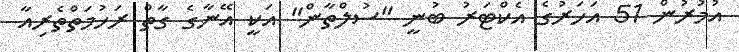
އުމުރުން 51 އަހަރުގެ އެކްޓަރު ބުނީ "ސުލްތާން" އަކީ އޭނާގެ ގާތް ރަހުމަތްތެރިއާ